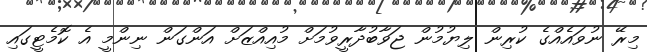
މިރޭ ނުވައެއްގެ ކުރިން ލިޔުމުން ޖަވާބުދާރީވުމަށް މުއިއްޒަށް އަންގަން ނިންމީ އެ ކޮމެޓީގައި